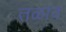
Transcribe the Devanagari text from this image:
तळाव